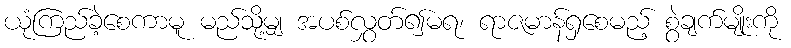
ယုံကြည်ခဲ့စေကာမူ မည်သို့မျှ အပစ်လွှတ်၍မရ၊ ရာဇမာန်ရှစေမည့် စွဲချက်မျိုးကို